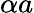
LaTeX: \alpha a